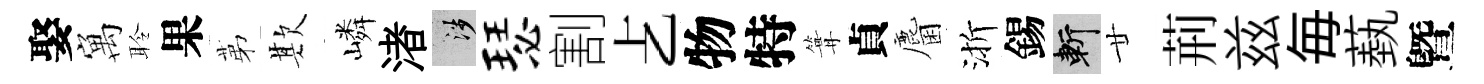
娶寓聆果苐欺嶙渚涉瑟割𠧒物特篝貞麕渐錫斬廿荊兹毎蓺曁